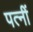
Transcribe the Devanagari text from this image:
पत्नीं